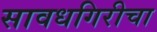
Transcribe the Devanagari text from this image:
सावधगिरीचा